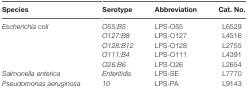
<table><thead><tr><td><b>Species</b></td><td><b>Serotype</b></td><td><b>Abbreviation</b></td><td><b>Cat. No.</b></td></tr></thead><tbody><tr><td><i>Escherichia coli</i></td><td><i>O55:B5</i></td><td>LPS-O55</td><td>L6529</td></tr><tr><td></td><td><i>O127:B8</i></td><td>LPS-O127</td><td>L4516</td></tr><tr><td></td><td><i>O128:B12</i></td><td>LPS-O128</td><td>L2755</td></tr><tr><td></td><td><i>O111:B4</i></td><td>LPS-O111</td><td>L4391</td></tr><tr><td></td><td><i>O26:B6</i></td><td>LPS-O26</td><td>L2654</td></tr><tr><td><i>Salmonella enterica</i></td><td><i>Enteritidis</i></td><td>LPS-SE</td><td>L7770</td></tr><tr><td><i>Pseudomonas aeruginosa</i></td><td><i>10</i></td><td>LPS-PA</td><td>L9143</td></tr></tbody></table>